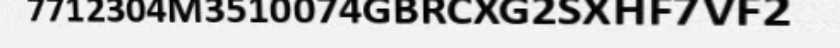
7712304M3510074GBRCXG2SXHF7VF2